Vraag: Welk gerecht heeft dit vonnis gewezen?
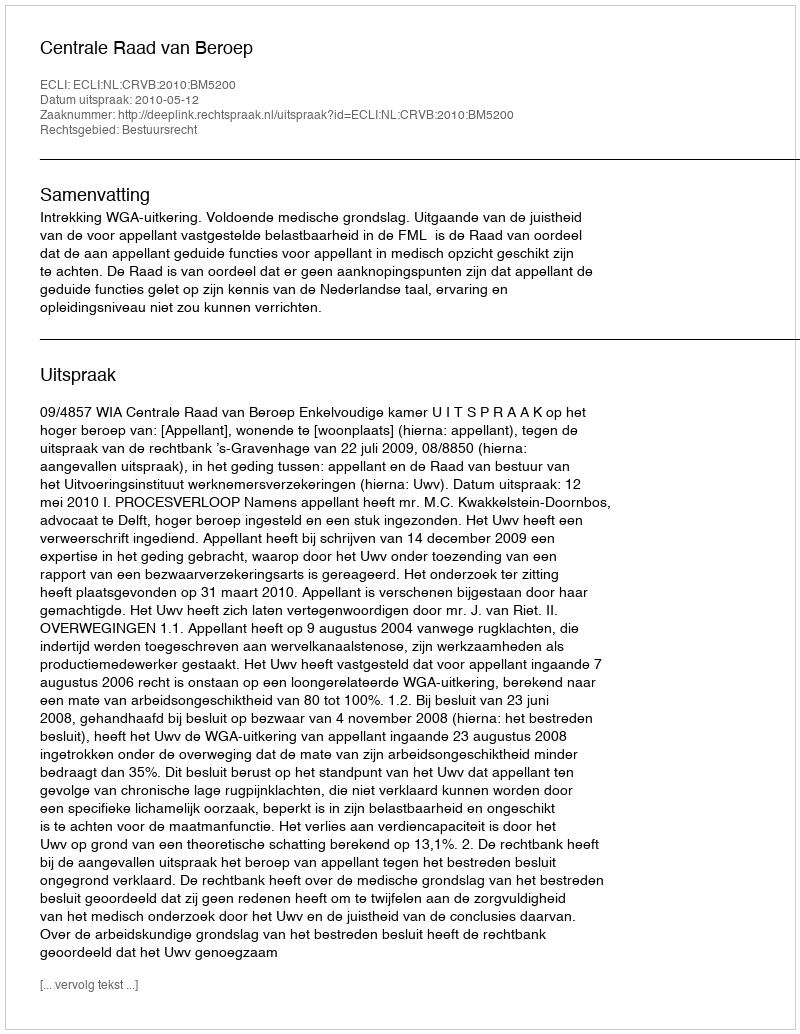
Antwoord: Centrale Raad van Beroep